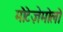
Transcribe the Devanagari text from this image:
मॊंटेज़ेमॊलॊ